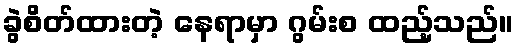
ခွဲစိတ်ထားတဲ့ နေရာမှာ ဂွမ်းစ ထည့်သည်။